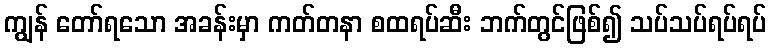
ကျွန် တော်ရသော အခန်းမှာ ကတ်တနာ စထရပ်ဆီး ဘက်တွင်ဖြစ်၍ သပ်သပ်ရပ်ရပ်